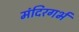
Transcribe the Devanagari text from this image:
मंदिरगर्भ